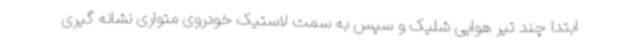
ابتدا چند تیر هوایی شلیک و سپس به سمت لاستیک خودروی متواری نشانه گیری